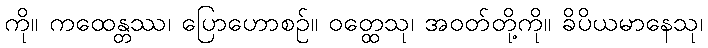
ကို။ ကထေန္တဿ၊ ပြောဟောစဉ်။ ဝတ္ထေသု၊ အဝတ်တို့ကို။ ခိပိယမာနေသု၊